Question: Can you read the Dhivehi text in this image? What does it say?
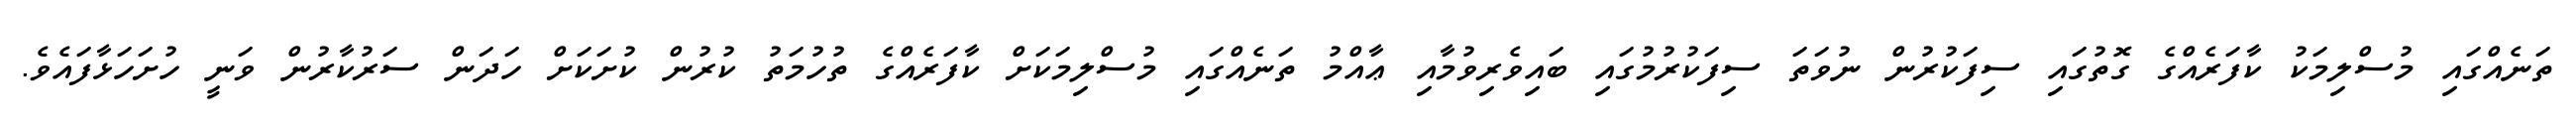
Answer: ތަނެއްގައި މުސްލިމަކު ކާފަރެއްގެ ގޮތުގައި ސިފަކުރުން ނުވަތަ ސިފަކުރުމުގައި ބައިވެރިވުމާއި ޢާއްމު ތަނެއްގައި މުސްލިމަކަށް ކާފަރެއްގެ ތުހުމަތު ކުރުން ކުށަކަށް ހަދަން ސަރުކާރުން ވަނީ ހުށަހަޅާފައެވެ.